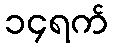
၁၄ရက်